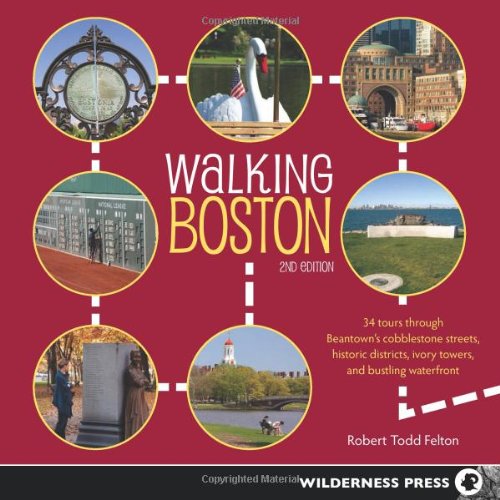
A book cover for Walking Boston: 34 Tours Through Beantown's Cobblestone Streets, Historic Districts, Ivory Towers and Bustling Waterfront; Robert Todd Felton; Travel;